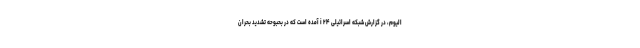
الیوم، در گزارش شبکه اسرائیلی i ۲۴ آمده است که در بحبوحه تشدید بحران